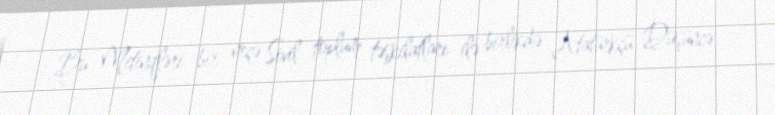
Bu Mitinqləri bir neçə Sivil toplum təşkilatları ilə birlikdə Atatürkçü Düşüncə